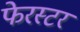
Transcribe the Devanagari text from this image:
फेरस्टर